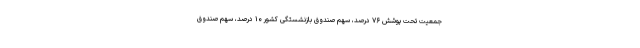
جمعیت تحت پوشش ۷۶ درصد، سهم صندوق بازنشستگی کشور ۱۰ درصد، سهم صندوق